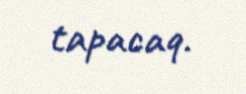
tapacaq.